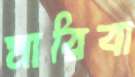
মারিবা